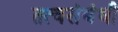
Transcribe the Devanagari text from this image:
तत्वसंबंधी